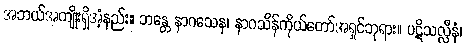
အဘယ်အကျိုးရှိအံ့နည်း။ ဘန္တေ နာဂသေန၊ နာဂသိန်ကိုယ်တော်အရှင်ဘုရား။ ပဋိသလ္လီနံ၊